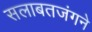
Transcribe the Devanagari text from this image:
सलाबतजंगने